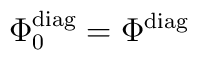
\Phi _0^{\mathrm{diag}}=\Phi ^{\mathrm{diag}}\;